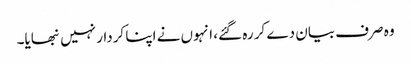
وہ صرف بیان دے کر رہ گئے، انہوں نے اپنا کردار نہیں نبھایا۔